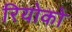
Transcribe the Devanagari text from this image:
रियोको